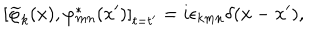
LaTeX: \left[ \widetilde { \varphi } _ { k } ( x ) , \varphi _ { m n } ^ { * } ( x ^ { \prime } ) \right] _ { t = t ^ { \prime } } = i \epsilon _ { k m n } \delta ( \mathbf { x } - \mathbf { x } ^ { \prime } ) ,